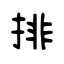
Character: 排